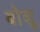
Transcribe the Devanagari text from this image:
बोशू